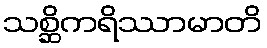
သစ္ဆိကရိဿာမာတိ